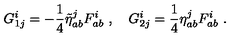
G _ { 1 j } ^ { i } = - \frac { 1 } { 4 } \tilde { \eta } _ { a b } ^ { j } F _ { a b } ^ { i } \ , \quad G _ { 2 j } ^ { i } = \frac { 1 } { 4 } \eta _ { a b } ^ { j } F _ { a b } ^ { i } \ .